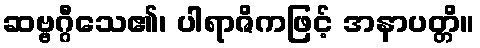
ဆဗ္ဗဂ္ဂီသေ၏၊ ပါရာဇိကဖြင့် အနာပတ္တိ။